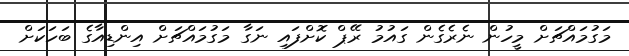
މަގުމައްޗަށް މީހުން ނެރެގެން ގައުމު ރޭޕް ކޮށްފައި ނަގާ މަގުމައްޗަށް އިންޑިއާގެ ބަހަކަށް